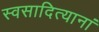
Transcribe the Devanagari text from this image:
स्वसादित्यानां